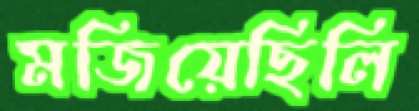
মজিয়েছিলি